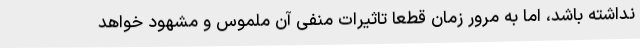
نداشته باشد، اما به مرور زمان قطعا تاثیرات منفی آن ملموس و مشهود خواهد